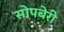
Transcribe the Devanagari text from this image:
सोपबेरी